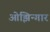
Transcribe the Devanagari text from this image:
ओझिन्गार